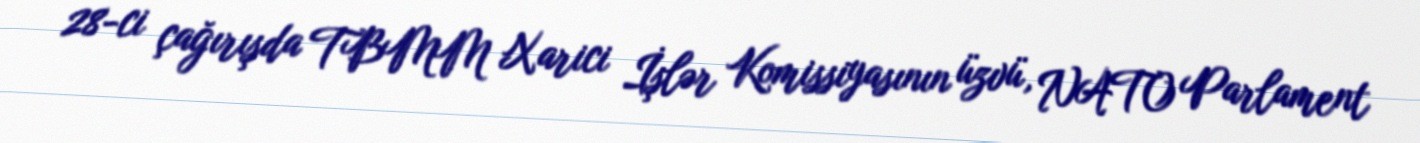
28-ci çağırışda TBMM Xarici İşlər Komissiyasının üzvü, NATO Parlament